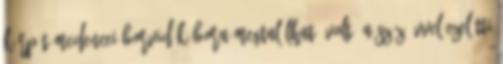
Kárpát-medencei borvidék bora megtalálható volt. A száz évvel ezelőtti